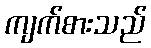
ကျက်စားသည်